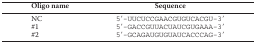
<table><thead><tr><td><b>Oligo name</b></td><td><b>Sequence</b></td></tr></thead><tbody><tr><td>NC</td><td>5′-UUCUCCGAACGUGUCACGU-3′</td></tr><tr><td>#1</td><td>5′-GACCGUUACUAUCGUGAAA-3′</td></tr><tr><td>#2</td><td>5′-GCAGAUGUGUAUCACCCAG-3′</td></tr></tbody></table>